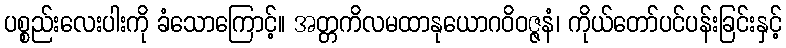
ပစ္စည်းလေးပါးကို ခံသောကြောင့်။ အတ္တကိလမထာနုယောဂဝိဝဇ္ဇနံ၊ ကိုယ်တော်ပင်ပန်းခြင်းနှင့်